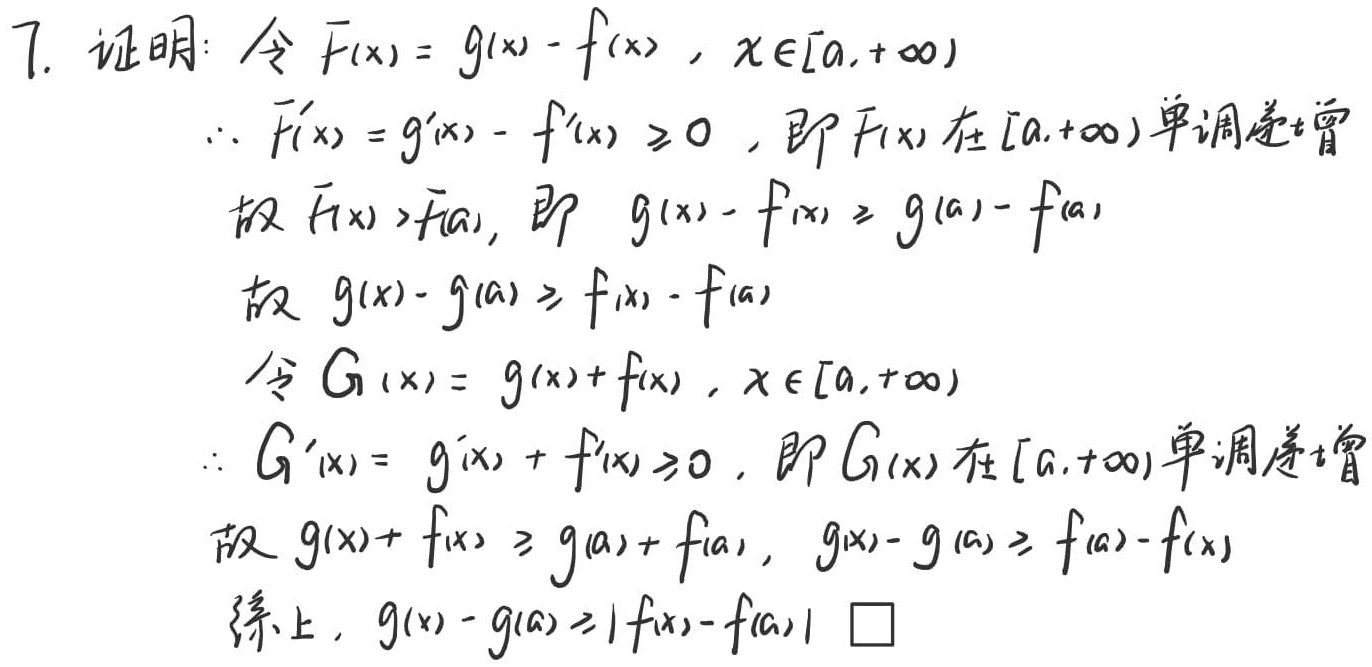
7. 证明：令 $F(x)=g(x)-f(x),x\in[a,+\infty)$
    - 因为 $F^{\prime}(x)=g^{\prime}(x)-f^{\prime}(x)\geq0$，即 $F(x)$ 在 $[a,+\infty)$ 单调递增。
    - 故 $F(x)>F(a)$，即 $g(x)-f(x)\geq g(a)-f(a)$。
    - 故 $g(x)-g(a)\geq f(x)-f(a)$。
    - 令 $G(x)=g(x)+f(x),x\in[a,+\infty)$。
    - 因为 $G^{\prime}(x)=g^{\prime}(x)+f^{\prime}(x)\geq0$，即 $G(x)$ 在 $[a,+\infty)$ 单调递增。
    - 故 $g(x)+f(x)\geq g(a)+f(a)$，$g(x)-g(a)\geq f(a)-f(x)$。
综上，$g(x)-g(a)\geq|f(x)-f(a)|$。